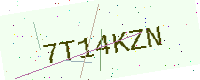
Text: 7T14KZN